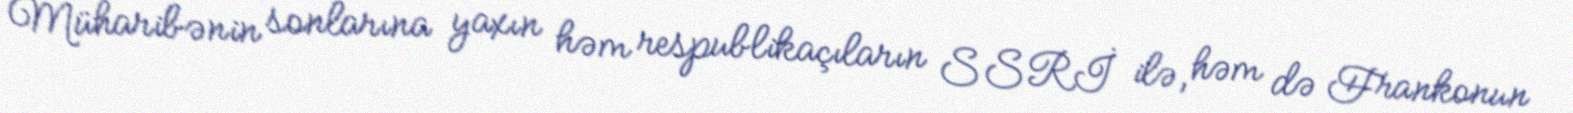
Müharibənin sonlarına yaxın həm respublikaçıların SSRİ ilə, həm də Frankonun